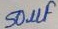
Text: 50µF